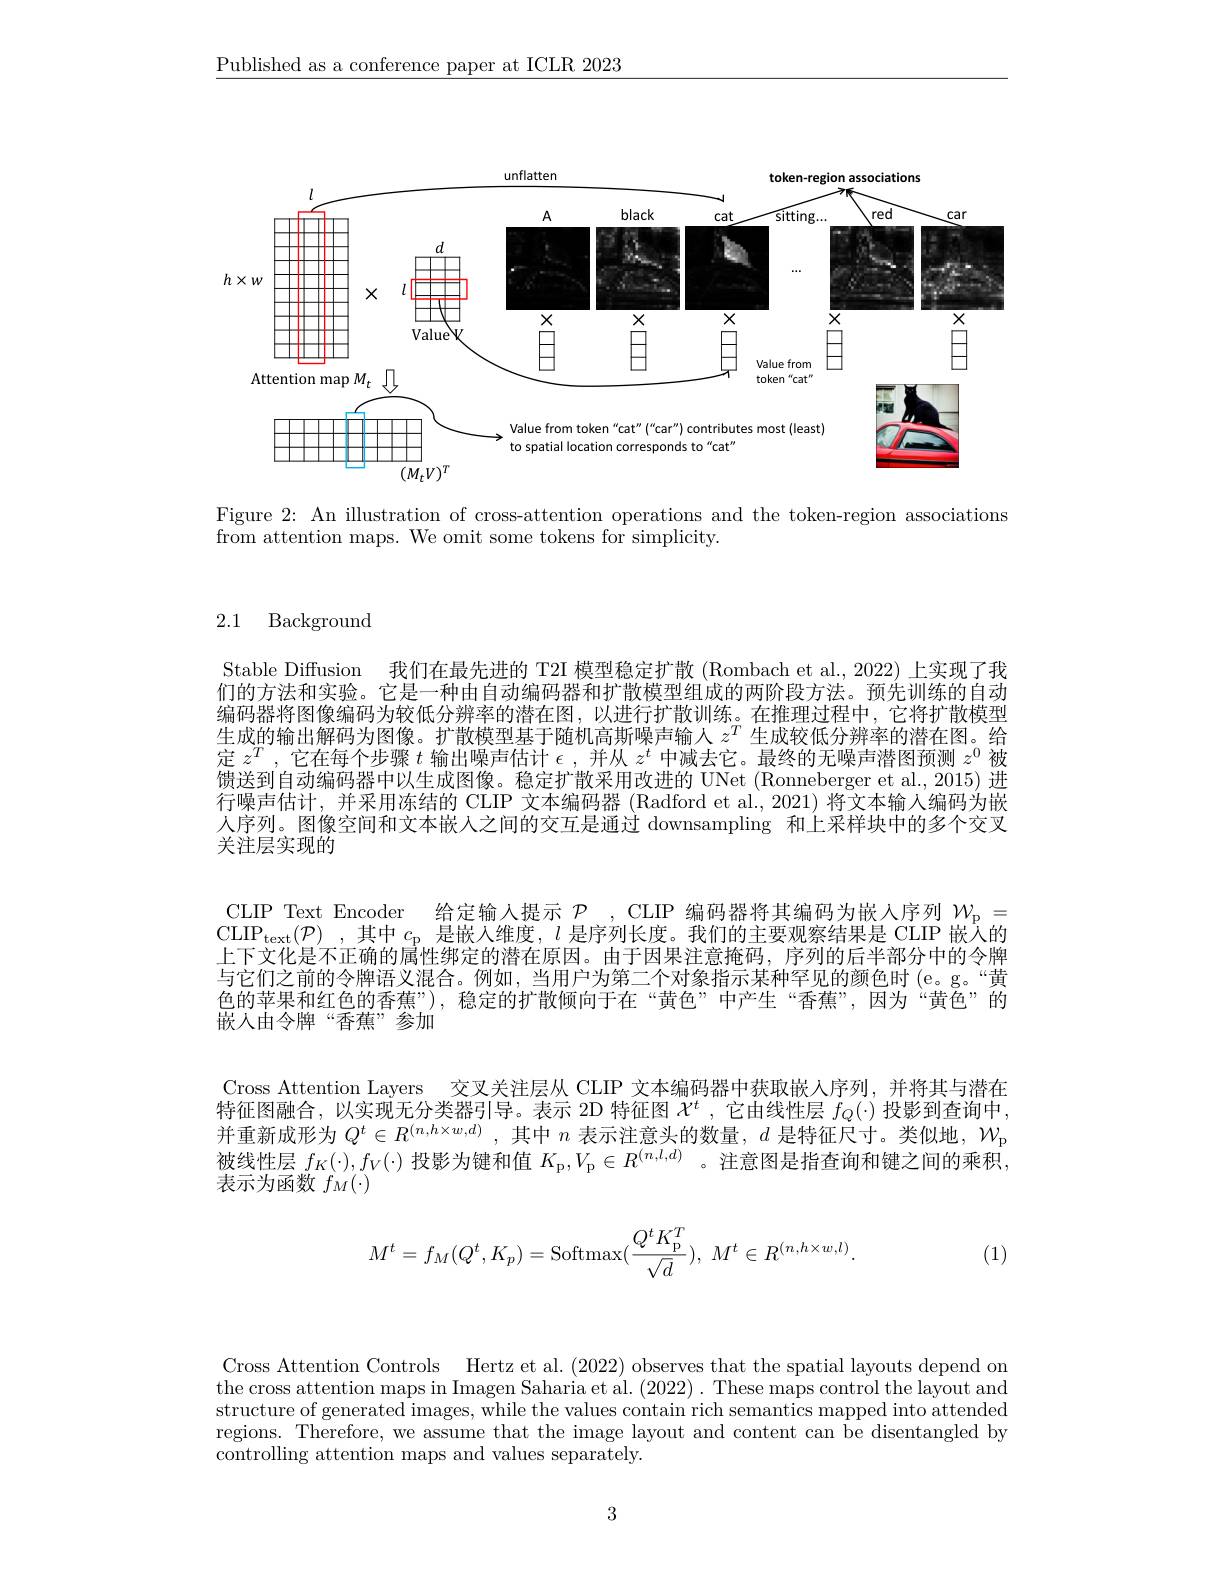
$\underline{\text{Published as a conference paper at ICLR 2023}}$

<FigureHere>
$\overline{(M_{t}}V)^{T}$

Figure 2: An illustration of cross-attention operations and the token-region associations

from attention maps. We omit some tokens for simplicity.

2.1 Background

Stable Diffusion 我们在最先进的 T2I 模型稳定扩散 (Rombach et al., 2022) 上实现了我们的方法和实验。它是一种由自动编码器和扩散模型组成的两阶段方法。预先训练的自动编码器将图像编码为较低分辨率的潜在图，以进行扩散训练。在推理过程中，它将扩散模型生成的输出解码为图像。扩散模型基于随机高斯噪声输人$z^T$生成较低分辨率的潜在图。给定$z^T$ ,它在每个步骤$t$输出噪声估计$\epsilon$ ,并从$z^t$中减去它。最终的无噪声潜图预测$z^0$被馈送到自动编码器中以生成图像。稳定扩散采用改进的 UNet (Ronneberger et al., 2015) 进行噪声估计，并采用冻结的 CLIP 文本编码器 (Radford et al., 2021) 将文本输人编码为嵌人序列。图像空间和文本嵌人之间的交互是通过 downsampling 和上采样块中的多个交叉关注层实现的
CLIP Text Encoder 给定输入提示 $\mathcal{P}_\mathrm{~,~CLIP~}$编码器将其编码为嵌人序列 $\mathcal{W}_\mathrm{p}=$ CLIP$_\mathrm{text}( \mathcal{P} )$ ,其中$c_\mathrm{p}$是嵌人维度，$l$是序列长度。我们的主要观察结果是 CLIP 嵌入的上下文化是不正确的属性绑定的潜在原因。由于因果注意掩码，序列的后半部分中的令牌与它们之前的令牌语义混合。例如，当用户为第二个对象指示某种罕见的颜色时(e。g。“黄色的苹果和红色的香蕉”), 稳定的扩散倾向于在“黄色”中产生“香蕉”,因为“黄色”的嵌人由令牌“香蕉”参加
Cross Attention Layers 交叉关注层从 CLIP 文本编码器中获取嵌人序列，并将其与潜在特征图融合，以实现无分类器引导。表示 2D 特征图$\chi^t$ ,它由线性层$f_Q(\cdot)$投影到查询中， 并重新成形为$Q^t\in R^{(n,h\times w,d)}$,其中$n$表示注意头的数量，$d$是特征尺寸。类似地，$W_\mathrm{p}$ 被线性层$f_K(\cdot),f_V(\cdot)$投影为键和值$K_{\mathrm{p}},V_{\mathrm{p}}\in R^{(n,l,d)}$ 。注意图是指查询和键之间的乘积表示为函数$f_M(\cdot)$
$$M^t=f_M(Q^t,K_p)=\mathrm{Softmax}(\frac{Q^tK_\mathrm{p}^T}{\sqrt{d}}),\:M^t\in R^{(n,h\times w,l)}.$$
(1)

Cross Attention Controls Hertz et al.(2022) observes that the spatial layouts depend on the cross attention maps in Imagen Saharia et al. (2022). These maps control the layout and structure of generated images, while the values contain rich semantics mapped into attended regions. Therefore, we assume that the image layout and content can be disentangled by $\bar{\text{controlling attention maps and values separately}}.$

3